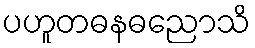
ပဟူတဓနဓညောသိ